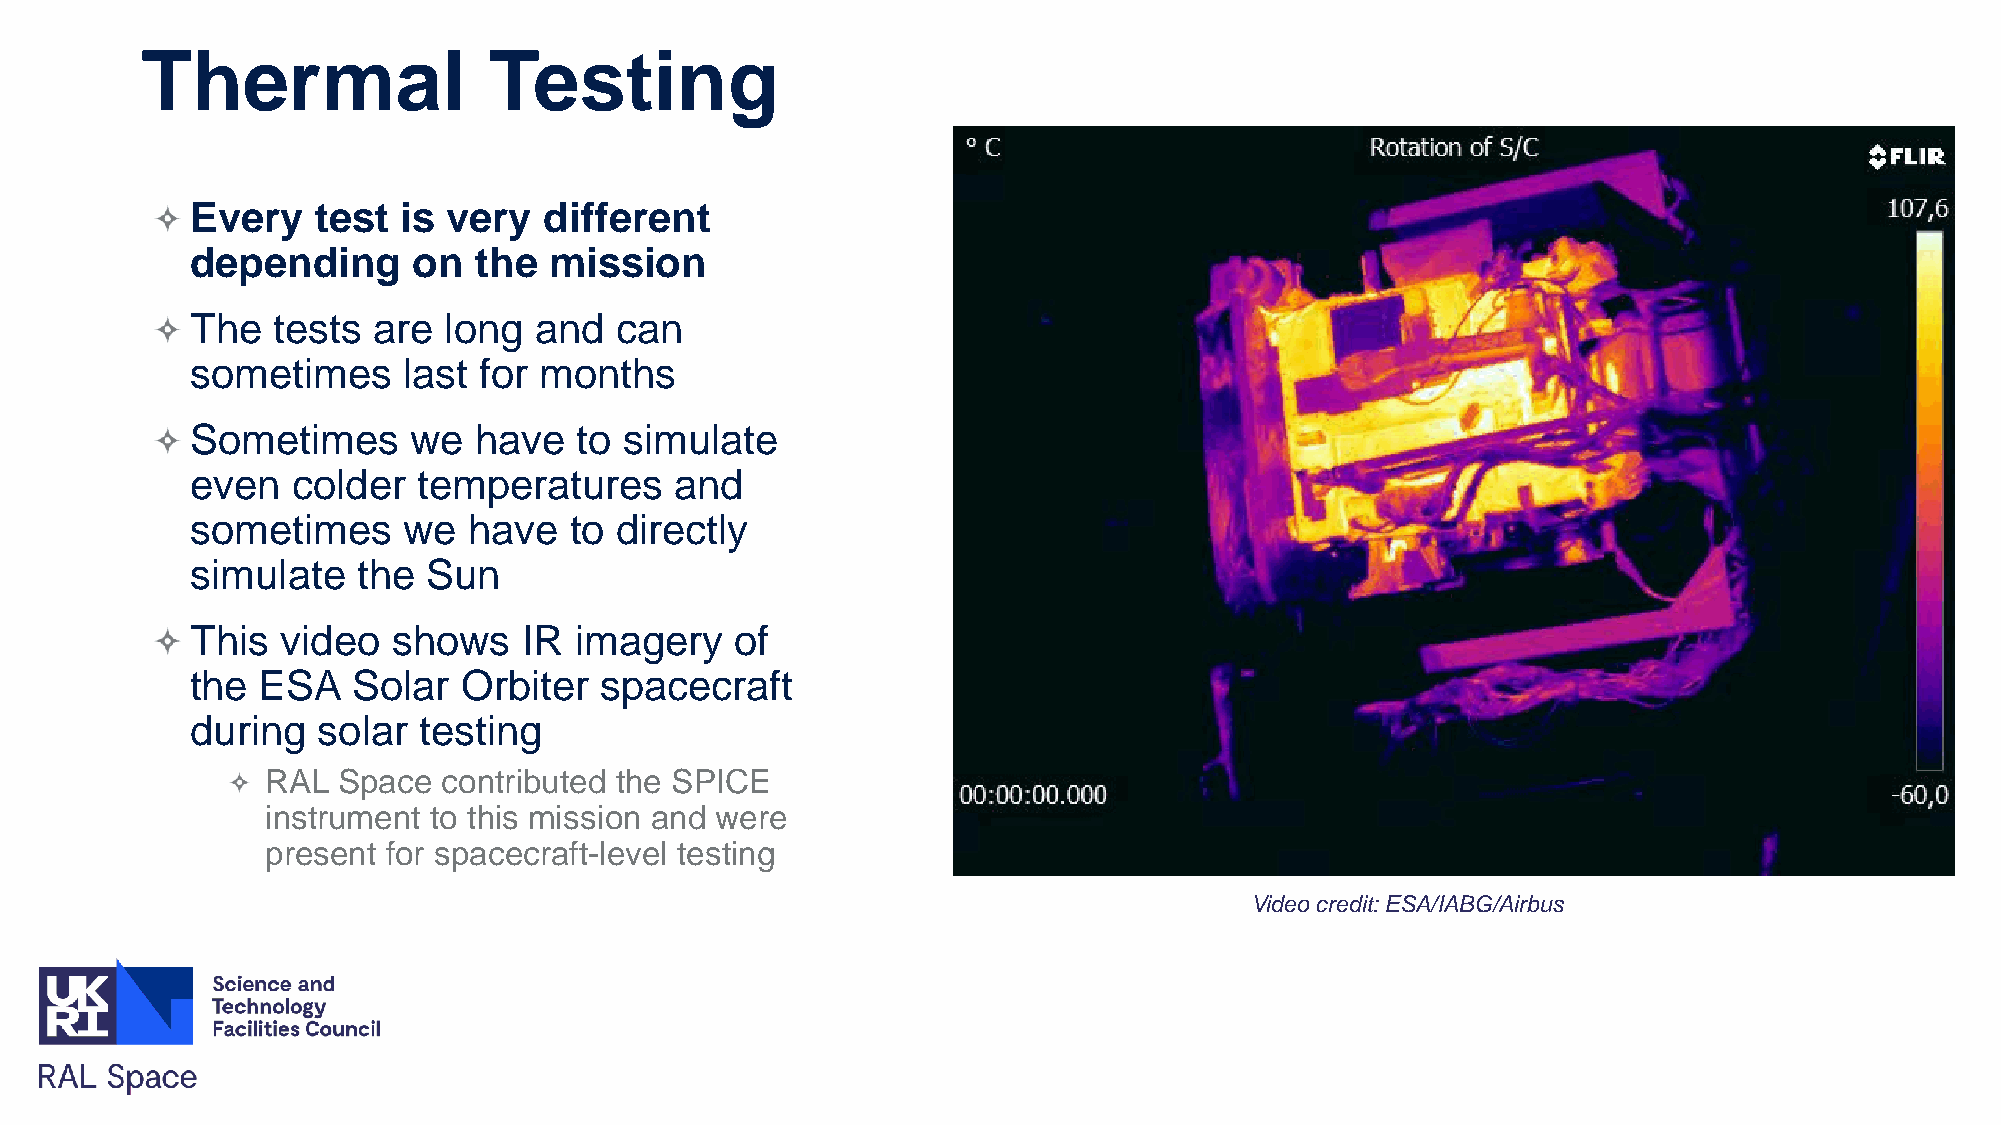
Thermal                Testing
 Every   test  is very  different
 depending     on  the  mission
 The  tests  are long  and   can
 sometimes     last for months
 Sometimes     we  have   to simulate
 even  colder   temperatures     and
 sometimes     we  have   to directly
 simulate   the Sun
 This  video  shows    IR imagery    of
 the ESA   Solar   Orbiter  spacecraft
 during  solar  testing
 RAL Space  contributed the SPICE
 instrument to this mission and were
 present for spacecraft-level testing
 Video credit: ESA/IABG/Airbus